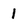
Character: 1